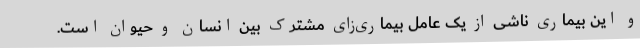
و این بیماری ناشی از یک عامل بیماری‌زای مشترک بین انسان و حیوان است.